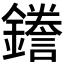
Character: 𮣖